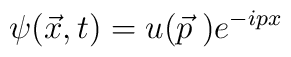
\psi (\vec{x},t) = u (\vec{p} \; ) e^{-ipx}